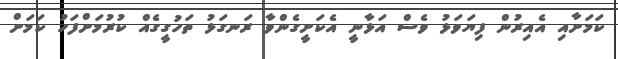
ކަމަށާއި އެއިރުން ފިޔަވަޅު ވެސް އަޅާނީ އެކަށީގެންވާ ރަނގަޅު ތަހުގީގެއް ކުރުމަށްފަހު ކަމަށް